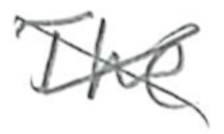
Text: The
Cross-out: cross
Writing tool: pencil